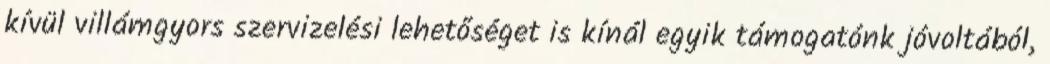
kívül villámgyors szervizelési lehetőséget is kínál egyik támogatónk jóvoltából,